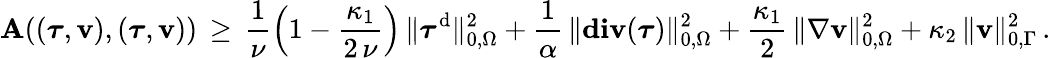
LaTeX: \mathbf{A}(({\boldsymbol\tau},{\mathbf{v}}),({\boldsymbol\tau},{\mathbf{v}}))\, \geq\, \frac{1}{\nu}\left(1-\frac{\kappa_{1}}{2\, \nu}\right)\, \| {\boldsymbol\tau}^{\mathrm{d}}\| _{0,\Omega}^{2}+\frac{1}{\alpha}\, \| \mathbf{div}({\boldsymbol\tau})\| _{0,\Omega}^{2}+\frac{\kappa_{1}}{2}\, \| \nabla{\mathbf{v}}\| _{0,\Omega}^{2}+\kappa_{2}\, \| {\mathbf{v}}\| _{0,\Gamma}^{2}\, .